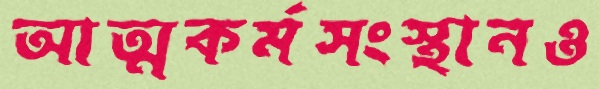
আত্মকর্মসংস্থানও